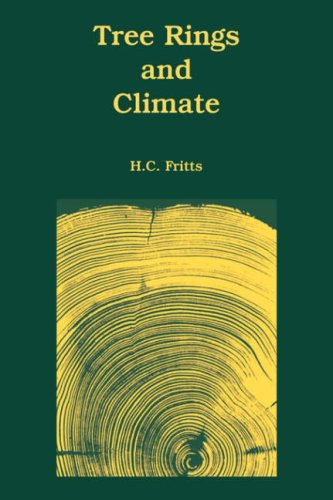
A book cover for Tree Rings and Climate; H. C. Fritts; Science & Math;